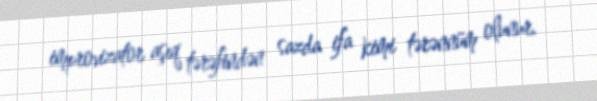
improvizator aşıq tərəfindən sazda ifa kimi tərənnüm olunur.